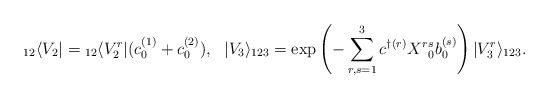
\begin{align*}{}_{12}\langle V_2| = {}_{12}\langle V_2^r|(c_0^{(1)}+c_0^{(2)}),\ \ |V_3\rangle_{123}=\exp\left(-\sum_{r,s=1}^3c^{\dagger(r)}X^r{}^s_0b^{(s)}_0\right)|V_3^r\rangle_{123}.\end{align*}